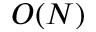
O ( N )